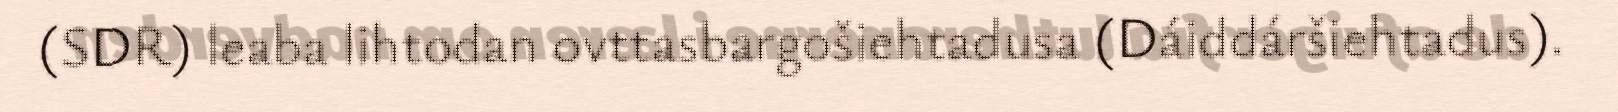
(SDR) leaba lihtodan ovttasbargošiehtadusa (Dáiddáršiehtadus).